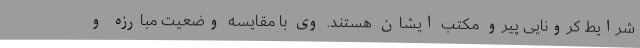
شرایط کرونایی پیرو مکتب ایشان هستند. وی با مقایسه وضعیت مبارزه و